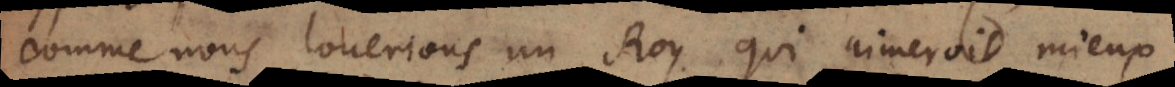
comme nous louerions un Roy, qui aimeroit mieux